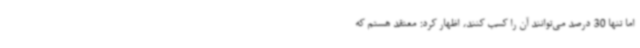
اما تنها 30 درصد می‌توانند آن را کسب کنند، اظهار کرد: معتقد هستم که